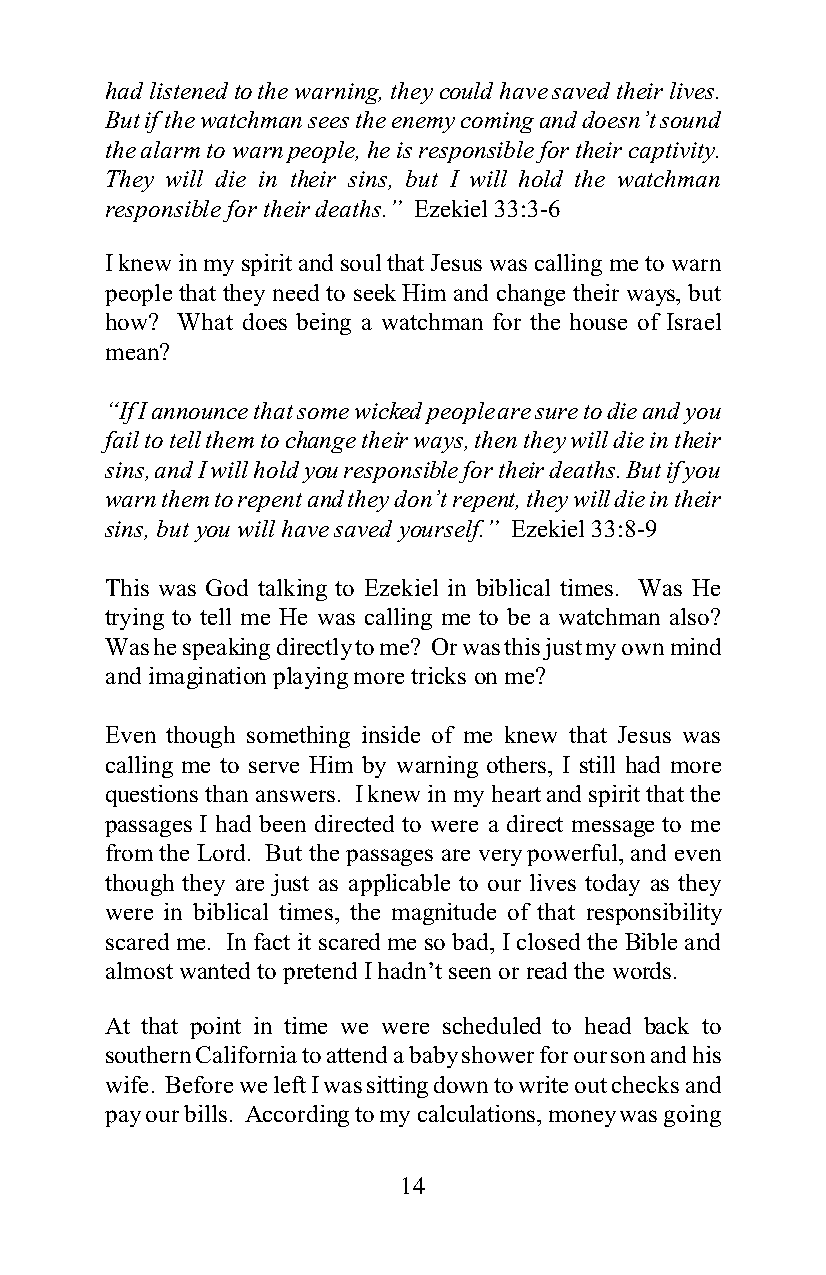
had listened to the warning, they could have saved their lives.
 But if the watchman sees the enemy coming and doesn’t sound
 the alarm to warn people, he is responsible for their captivity.
 They will die in their sins, but I will hold the watchman
 responsible for their deaths.” Ezekiel 33:3-6
 I knew in my spirit and soul that Jesus was calling me to warn
 people that they need to seek Him and change their ways, but
 how? What does being a watchman for the house of Israel
 mean?
 “If I announce that some wicked people are sure to die and you
 fail to tell them to change their ways, then they will die in their
 sins, and I will hold you responsible for their deaths. But if you
 warn them to repent and they don’t repent, they will die in their
 sins, but you will have saved yourself.” Ezekiel 33:8-9
 This was God talking to Ezekiel in biblical times. Was He
 trying to tell me He was calling me to be a watchman also?
 Was he speaking directly to me? Or was this just my own mind
 and imagination playing more tricks on me?
 Even though something inside of me knew that Jesus was
 calling me to serve Him by warning others, I still had more
 questions than answers. I knew in my heart and spirit that the
 passages I had been directed to were a direct message to me
 from the Lord. But the passages are very powerful, and even
 though they are just as applicable to our lives today as they
 were in biblical times, the magnitude of that responsibility
 scared me. In fact it scared me so bad, I closed the Bible and
 almost wanted to pretend I hadn’t seen or read the words.
 At that point in time we were scheduled to head back to
 southern California to attend a baby shower for our son and his
 wife. Before we left I was sitting down to write out checks and
 pay our bills. According to my calculations, money was going
 14